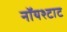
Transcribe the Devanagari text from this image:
नॉयश्टाट